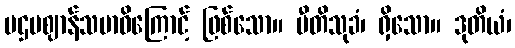
ပဌမဈာန်သမာဓိကြောင့် ဖြစ်သော။ ပီတိသုခံ၊ ရှိသော။ ဒုတိယံ၊